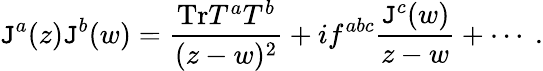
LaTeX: \mathtt{J}^{a}(z)\mathtt{J}^{b}(w)=\frac{{\mathrm{{Tr}}T^{a}T^{b}}}{{(z-w)^{2}}}+if^{abc}\frac{{\mathtt{J}^{c}(w)}}{{z-w}}+\cdots~.